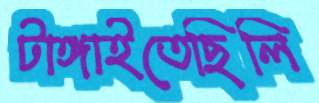
টাঙ্গাইতেছিলি